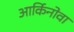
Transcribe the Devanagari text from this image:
आर्किनोवा